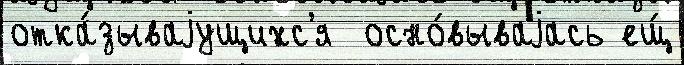
отка́зываjущихс'я  осно́вываjась ещ́